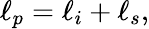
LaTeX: \ell_{p}=\ell_{i}+\ell_{s},